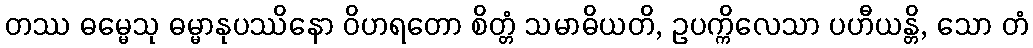
တဿ ဓမ္မေသု ဓမ္မာနုပဿိနော ဝိဟရတော စိတ္တံ သမာဓိယတိ, ဥပက္ကိလေသာ ပဟီယန္တိ, သော တံ